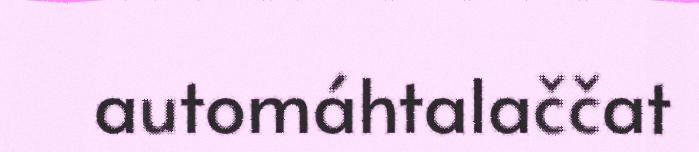
automáhtalaččat